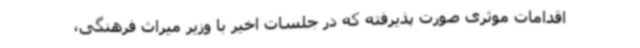
اقدامات موثری صورت پذیرفته که در جلسات اخیر با وزیر میراث فرهنگی،